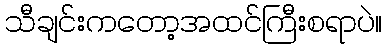
သီချင်းကတော့အထင်ကြီးစရာပဲ။